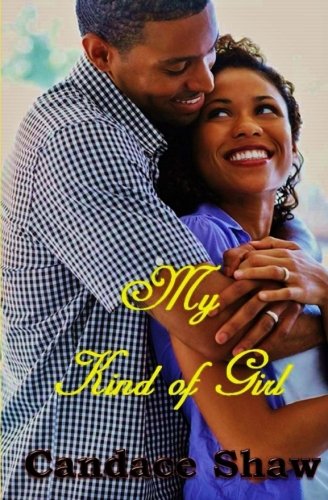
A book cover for My Kind of Girl (Arrington Family Series) (Volume 5); Candace Shaw; Comics & Graphic Novels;